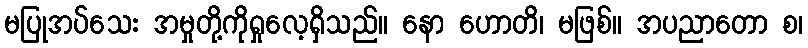
မပြုအပ်သေး အမှုတို့ကိုရှုလေ့ရှိသည်။ နော ဟောတိ၊ မဖြစ်။ အပညာတော စ၊